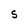
Character: S